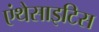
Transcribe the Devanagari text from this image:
एंथेसाइटिस